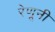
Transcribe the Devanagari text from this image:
रेणूनी